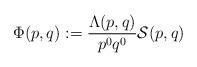
LaTeX: \begin{align*} \Phi(p,q):=\frac{\Lambda(p,q)}{p^0q^0}\mathcal{S}(p,q)\end{align*}